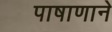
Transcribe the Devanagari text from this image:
पाषाणाने